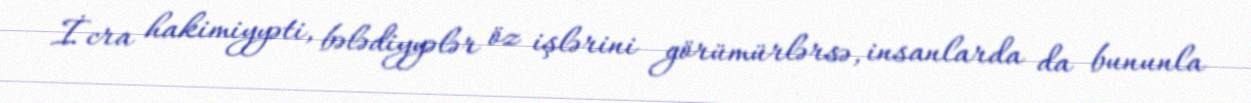
İcra hakimiyyəti, bələdiyyələr öz işlərini görümürlərsə, insanlarda da bununla